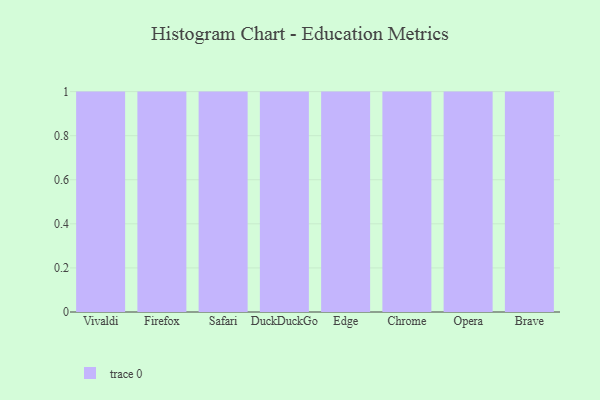
{"axis": {"x": "Browser", "y": "Backlog"}, "legend": [""], "data": [{"x": "Vivaldi", "y": 91, "type": ""}, {"x": "Firefox", "y": 60, "type": ""}, {"x": "Safari", "y": 14, "type": ""}, {"x": "DuckDuckGo", "y": 35, "type": ""}, {"x": "Edge", "y": 67, "type": ""}, {"x": "Chrome", "y": 65, "type": ""}, {"x": "Opera", "y": 49, "type": ""}, {"x": "Brave", "y": 77, "type": ""}]}